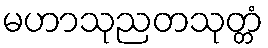
မဟာသုညတသုတ္တံ